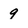
Character: g